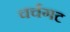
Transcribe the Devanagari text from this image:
चर्चगट